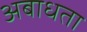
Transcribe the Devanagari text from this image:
अबाधता